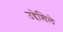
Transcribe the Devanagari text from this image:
उद्देशिले